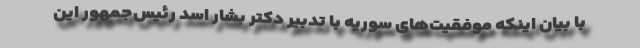
با بیان اینکه موفقیت‌های سوریه با تدبیر دکتر بشار اسد رئیس‌جمهور این